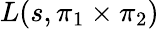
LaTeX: L(s,\pi_{1}\times\pi_{2})